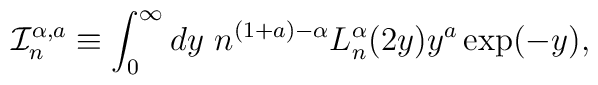
\mathcal{I}^{\alpha,a}_{n}  \equiv \int_{0}^{\infty}dy \  n^{(1+a)-\alpha} L_{n}^{\alpha}(2y) y^{a}  \exp(-y),